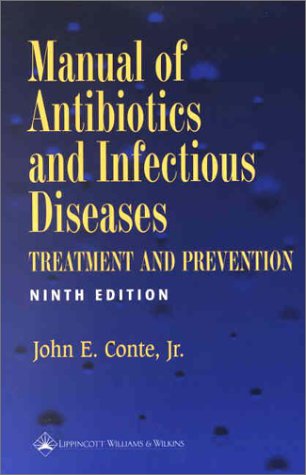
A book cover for Manual of Antibiotics and Infectious Diseases: Treatment and Prevention; John E. Conte; Medical Books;